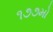
૧૭૭મો